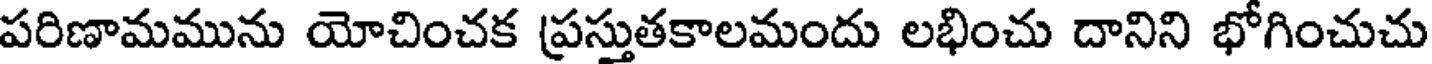
పరిణామమును యోచించక (ప్రస్తుతకాలమందు లభించు దానిని భోగించుచు